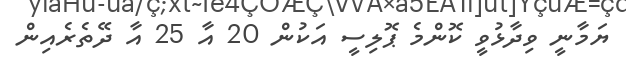
ޔަމާނީ ވިދާޅުވީ ކޮންމެ ޕޮލިސީ އަކުން 20 އާ 25 އާ ދޭތެރެއިން